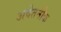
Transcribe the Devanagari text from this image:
अवेतनीक